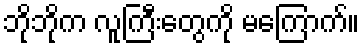
ဘိုဘိုက လူကြီးတွေကို မကြောက်။